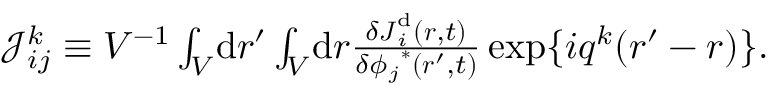
\begin{array} { r } { \mathcal { J } _ { i j } ^ { k } \equiv V ^ { - 1 } \int _ { V } \! \mathrm { d } \boldsymbol { r } ^ { \prime } \int _ { V } \! \mathrm { d } \boldsymbol { r } \frac { \delta \boldsymbol { J } _ { i } ^ { \mathrm { d } } ( \boldsymbol { r } , t ) } { \delta { \phi _ { j } } ^ { * } ( \boldsymbol { r } ^ { \prime } , t ) } \, \mathrm { e x p } \{ i \boldsymbol { q } ^ { k } ( \boldsymbol { r } ^ { \prime } - \boldsymbol { r } ) \} . } \end{array}